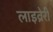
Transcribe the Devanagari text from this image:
लाइव्रेरी